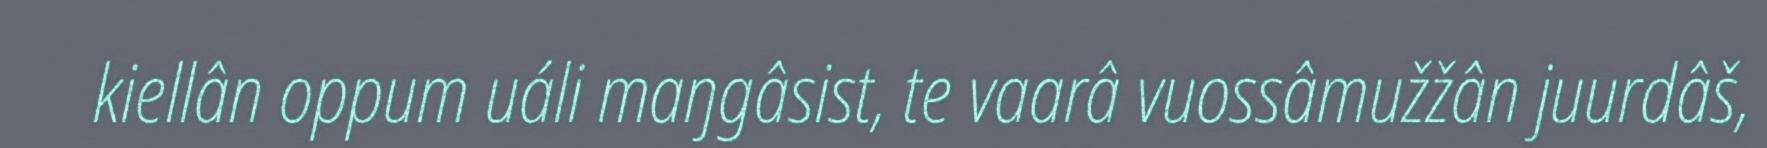
kiellân oppum uáli maŋgâsist, te vaarâ vuossâmužžân juurdâš,